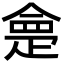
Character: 𭼂